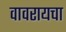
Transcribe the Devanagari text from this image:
वावरायचा